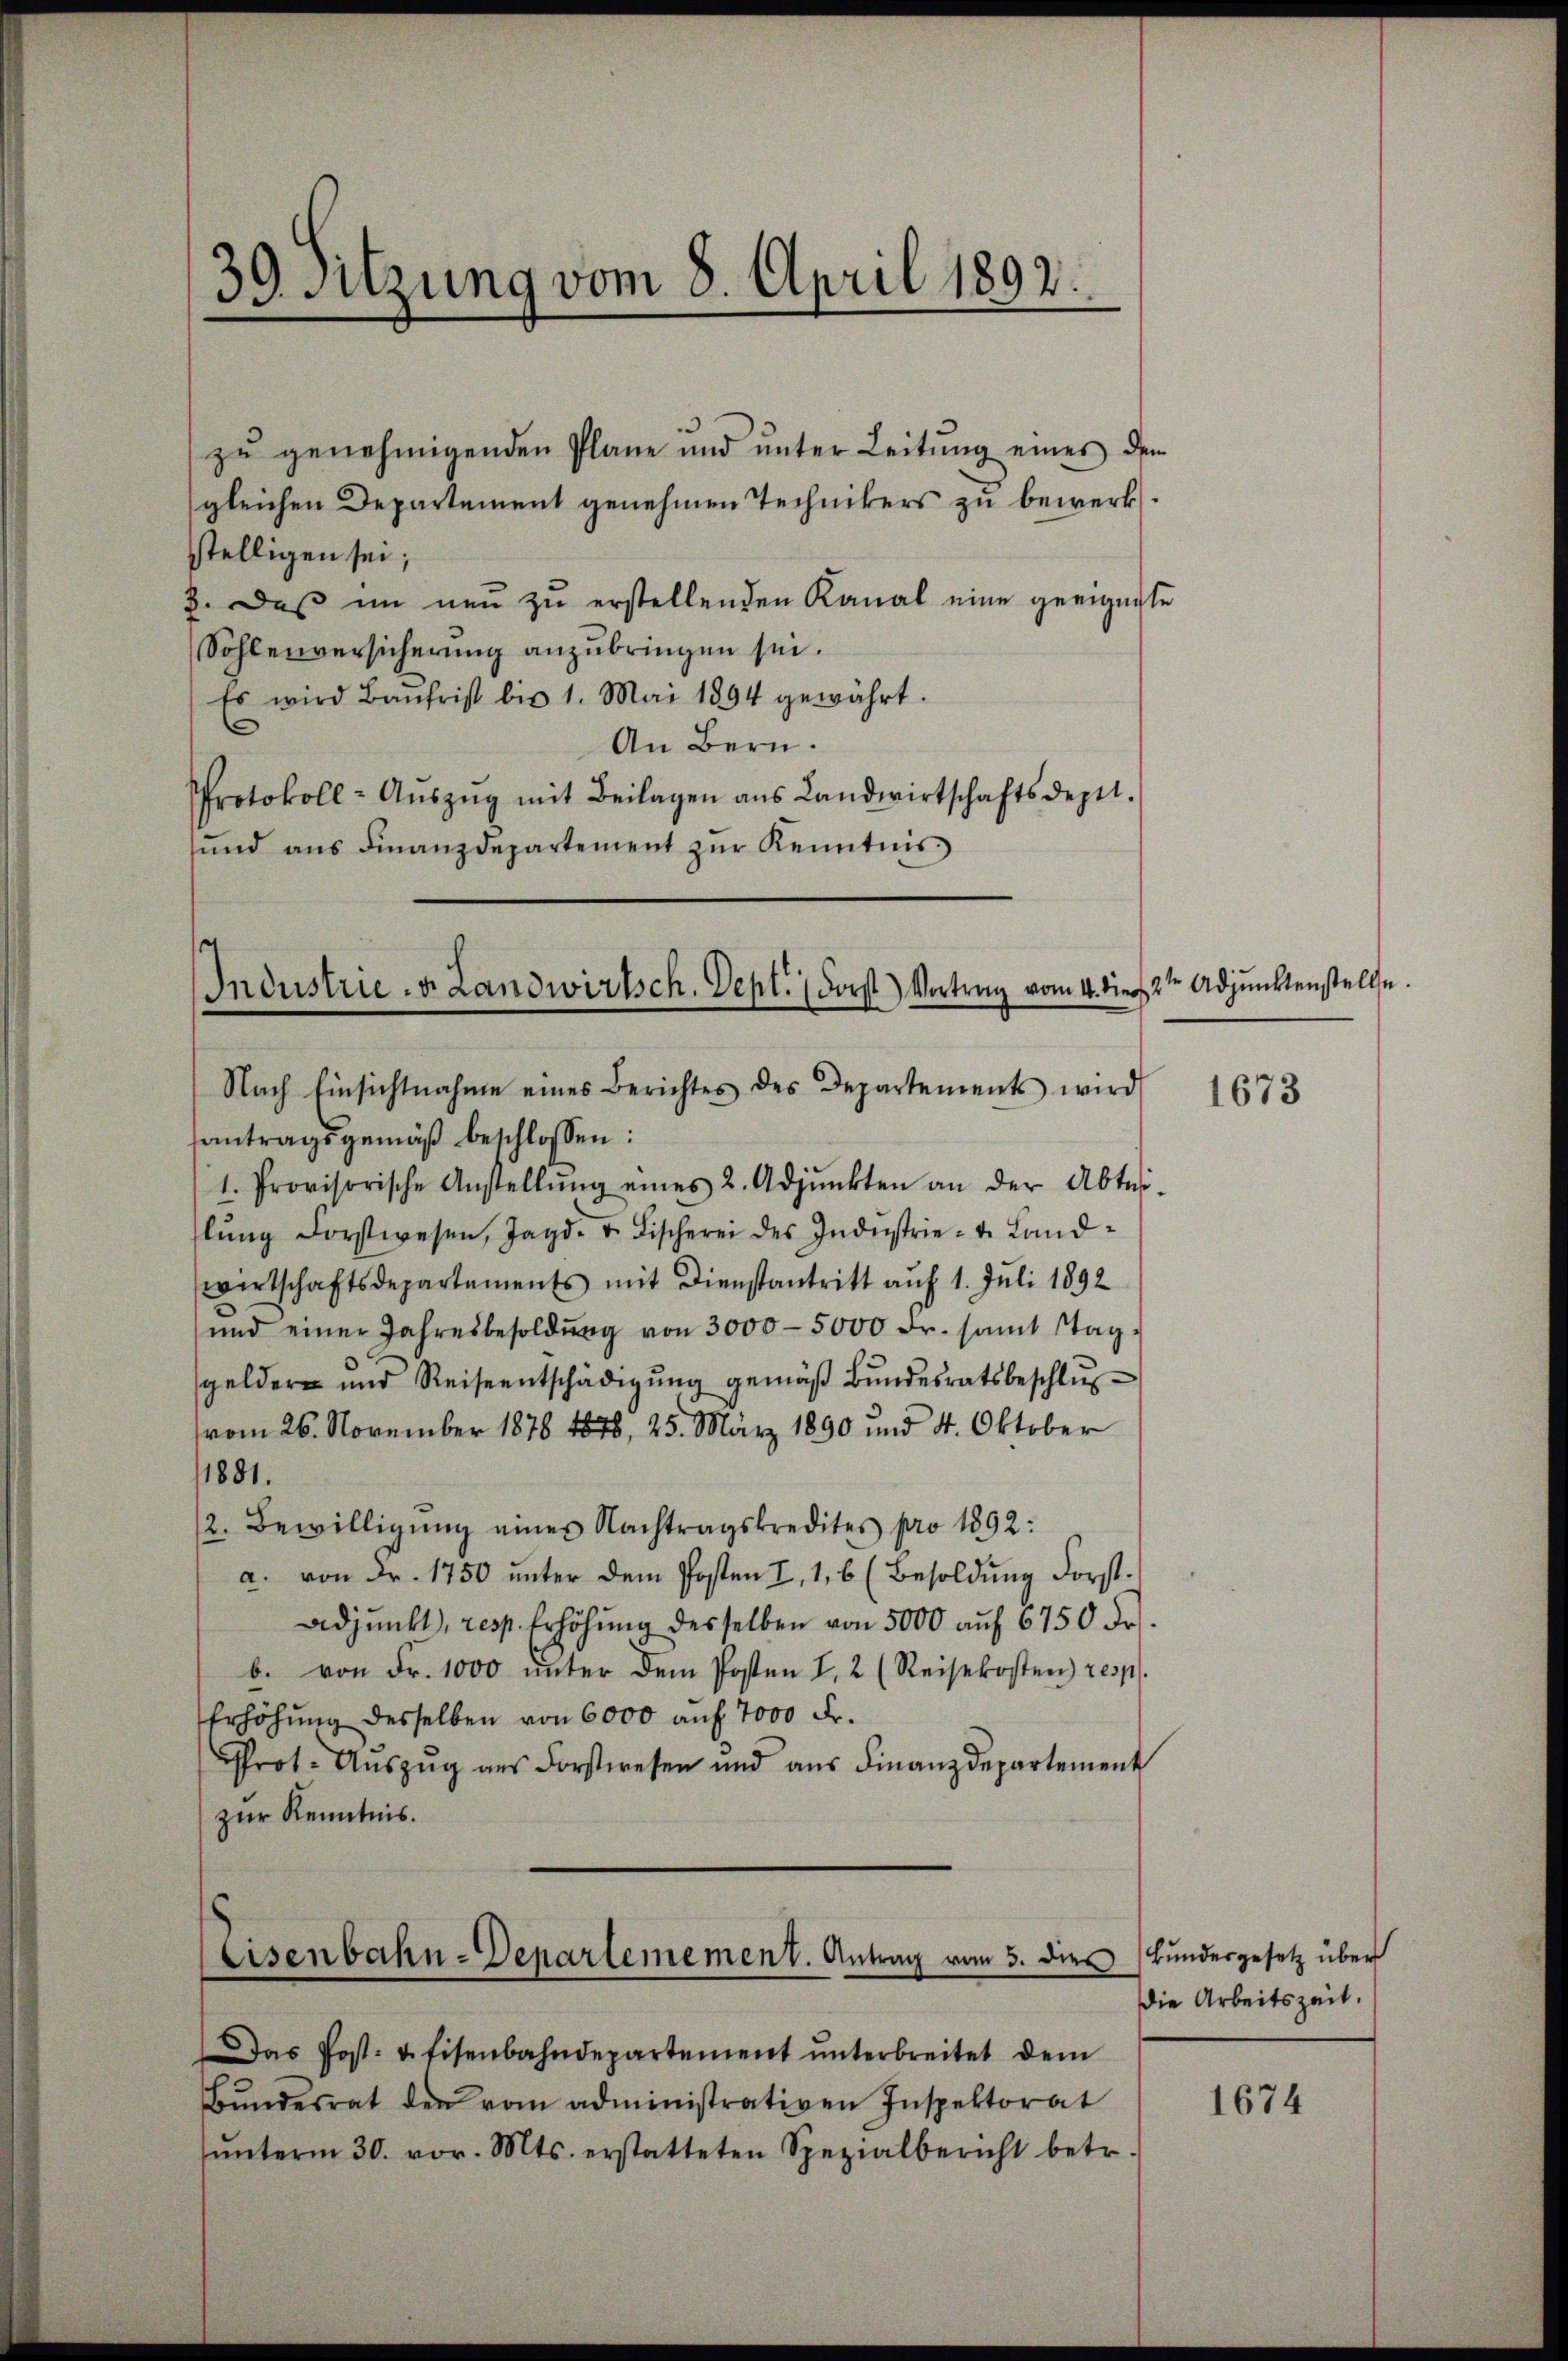
39. Sitzung vom 8. April 1892.

zu genehmigenden Plane und unter Leitung eines dem
gleichen Departement genehmen Technikers zu bewerksstelligen sei;
3. Dass im neu zu erstellenden Kanal eine geeignete
Sohlenversicherung anzubringen sei.
Es wird Baŭfrist bis 1. Mai 1894 gewährt.
An Bern.
Protokoll- Aŭszŭg mit Beilagen ans Landwirtschaftsdeput.
sund ans Finanzdepartement zŭr Kenntnis

Industrie- & Landwirtsch. Sept. (Forst) Vortrag vom 14. Dies

Eisenbahn-Departemement. Antrag vom 3. dies

Das Post- u. Eisenbahndepartement ŭnterbreitet dem
Bŭndesrat den vom administrativen Inspektorat
ŭnterm 30. vor. Mts. erstatteten Spezialbericht betr.

Nach Einsichtnahme eines Berichtes des Departements wird
antragsgemäß beschlossen:
1. Provisorische Anstellŭng eines 2. Adjunkten an der Abtei-
lŭng Forstwesen, Jagd- u. Fischerei des Indŭstrie- u. Land-
wirtschaftsdepartements mit Dienstantritt auf 1. Juli 1892
und einer Jahresbesoldŭng von 3000-5000 Fr. samt Stag.
sgelder und Reiseentschädigŭng gemäβ Bŭndesratsbeschlŭs
vom 26. November 1878 1878, 25. März 1890 und 4. Oktober
1881.
12. Bewilligŭng eines Nachtragskredites pro 1892:
a. von Fr. 1750 unter dem Posten I, 1,6 (Besoldung Forst.
Adjunkt, resp. Erhöhŭng desselben von 5000 aŭf 6750 Fr.
b. von Fr. 1000 ŭnter dem Posten I. 2 (Reisekosten) resp.
Erhöhŭng desselben von 6000 auf 7000 Fr.
rot. Auszug aus Forstwesen und aus Finanzdepartement
zur Kenntnis.

2te Adjunktenstelle.

1673

Bundesgesetz über
die Arbeitszeit.

1674